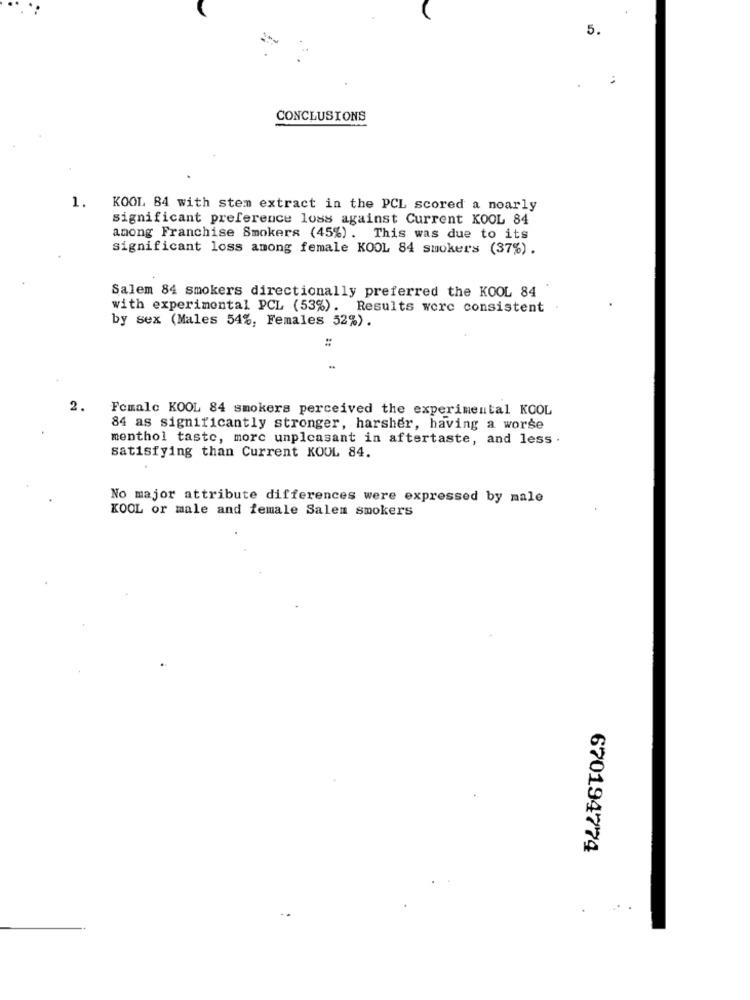
5.
CONCLUSIONS
1.
KOOL 84 with stem extract in the PCL scored a noarly
significant preference loss against Current KOOL 84
among Franchise Smokers (45%) . This was due to its
significant loss among female KOOL 84 smokers (37%) .
Salem 84 smokers directionally preferred the KOOL 84
with experimental PCL (53%). Results were consistent
by sex (Males 54%, Females 52%).
2.
Female KOOL 84 smokers perceived the experimental KOOL
84 as significantly stronger, harsher, having a worse
menthol taste, more unpleasant in aftertaste, and less .
satisfying than Current KOUL 84.
No major attribute differences were expressed by male
KOOL or male and female Salem smokers
670194774